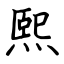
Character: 熙